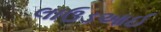
લાઉડઆઈ